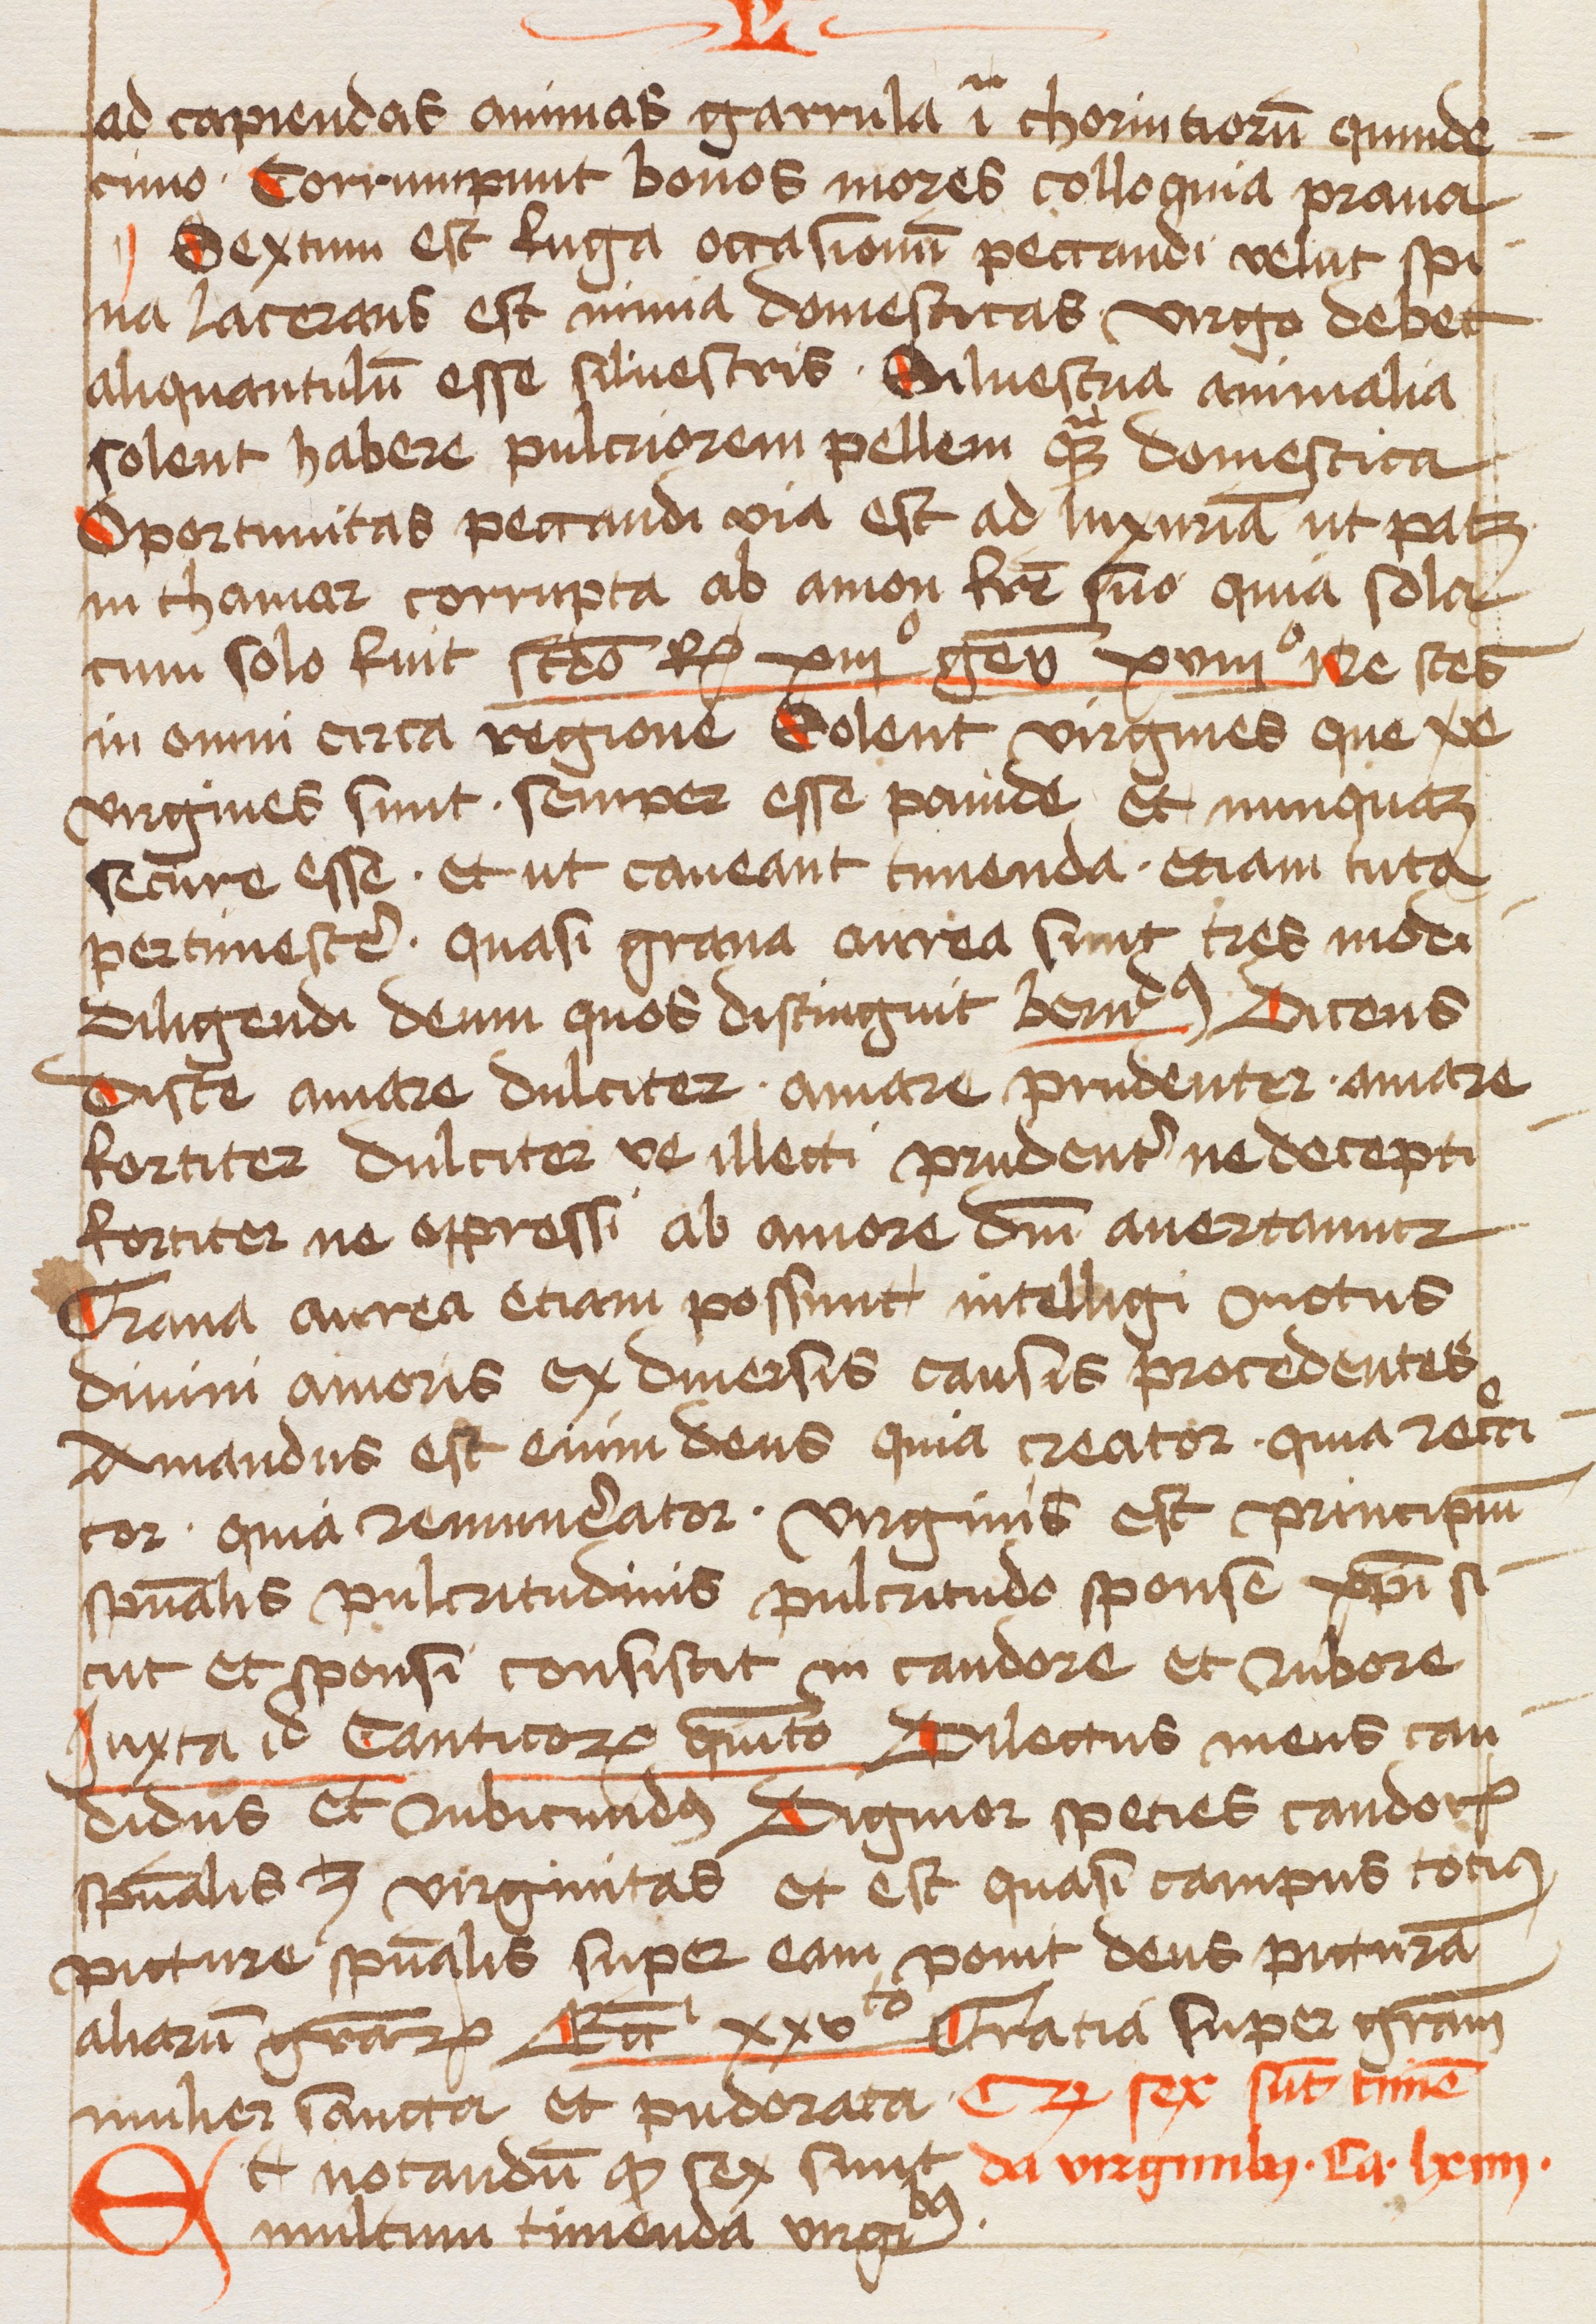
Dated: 1463–1463